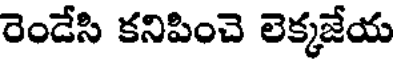
రెండేసి కనిపించె లెక్కజేయ